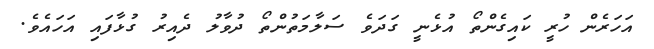
އަހަރެން ހުރީ ކައިގެންތޯ އުޅެނީ ގަދަވެ ސަލާމަތުންތޯ ދުވާލު ދެއިރު ގުޅާފައި އަހައެވެ.